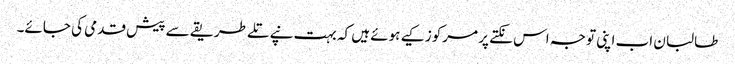
طالبان اب اپنی توجہ اس نکتے پر مرکوز کیے ہوئے ہیں کہ بہت نپے تلے طریقے سے پیش قدمی کی جائے۔